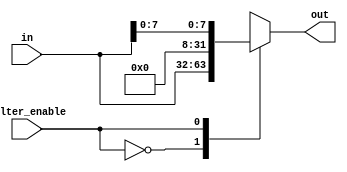
module byte_filter
	(
		input [31:0] in,
		input filter_enable,
		output reg [31:0] out
	); 
	
	always @*
	begin
		case(filter_enable)
			1'b0:	
				out <= in;
			1'b1: 
				out <= {24'h000000, in[7:0]};
		endcase
	end
	 
endmodule